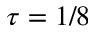
\tau = 1 / 8